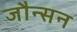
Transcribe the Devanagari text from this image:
जौन्सन